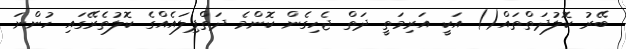
ބޭރު ކޮލުދަތްތައް() އަކީ އަރިމަތީ ދަތް ޖެހިގެން ކޮންމެ ދަތްޕިލައެއްގެ ކޮލުތެރޭގައި ހުންނަ